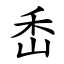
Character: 㟀